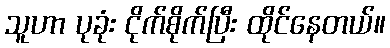
သူဟာ ပုခုံး ငိုက်စိုက်ပြီး ထိုင်နေတယ်။